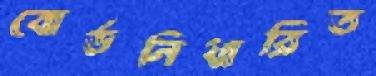
বোর্ডনিধারিত